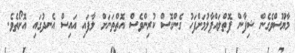
މާޔޫސްވެގެން ޝިފާން ފޮތްލައްޕާލުމަށްފަހު ގެންގޮސް ކުރިންވެސް އޮތްތަނަށް ލާފައި އައިސް އެނދުގައި އޮށޯތެވެ.